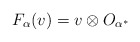
\begin{align*}F_{\alpha}(v) = v\otimes O_{\alpha^*}\\\end{align*}